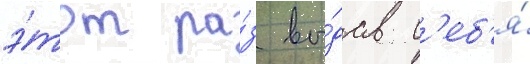
э́тот ра́з вы́дав с'еб'я́